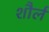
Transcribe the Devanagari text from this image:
शौर्ल